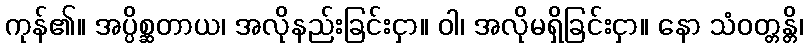
ကုန်၏။ အပ္ပိစ္ဆတာယ၊ အလိုနည်းခြင်းငှာ။ ဝါ၊ အလိုမရှိခြင်းငှာ။ နော သံဝတ္တန္တိ၊